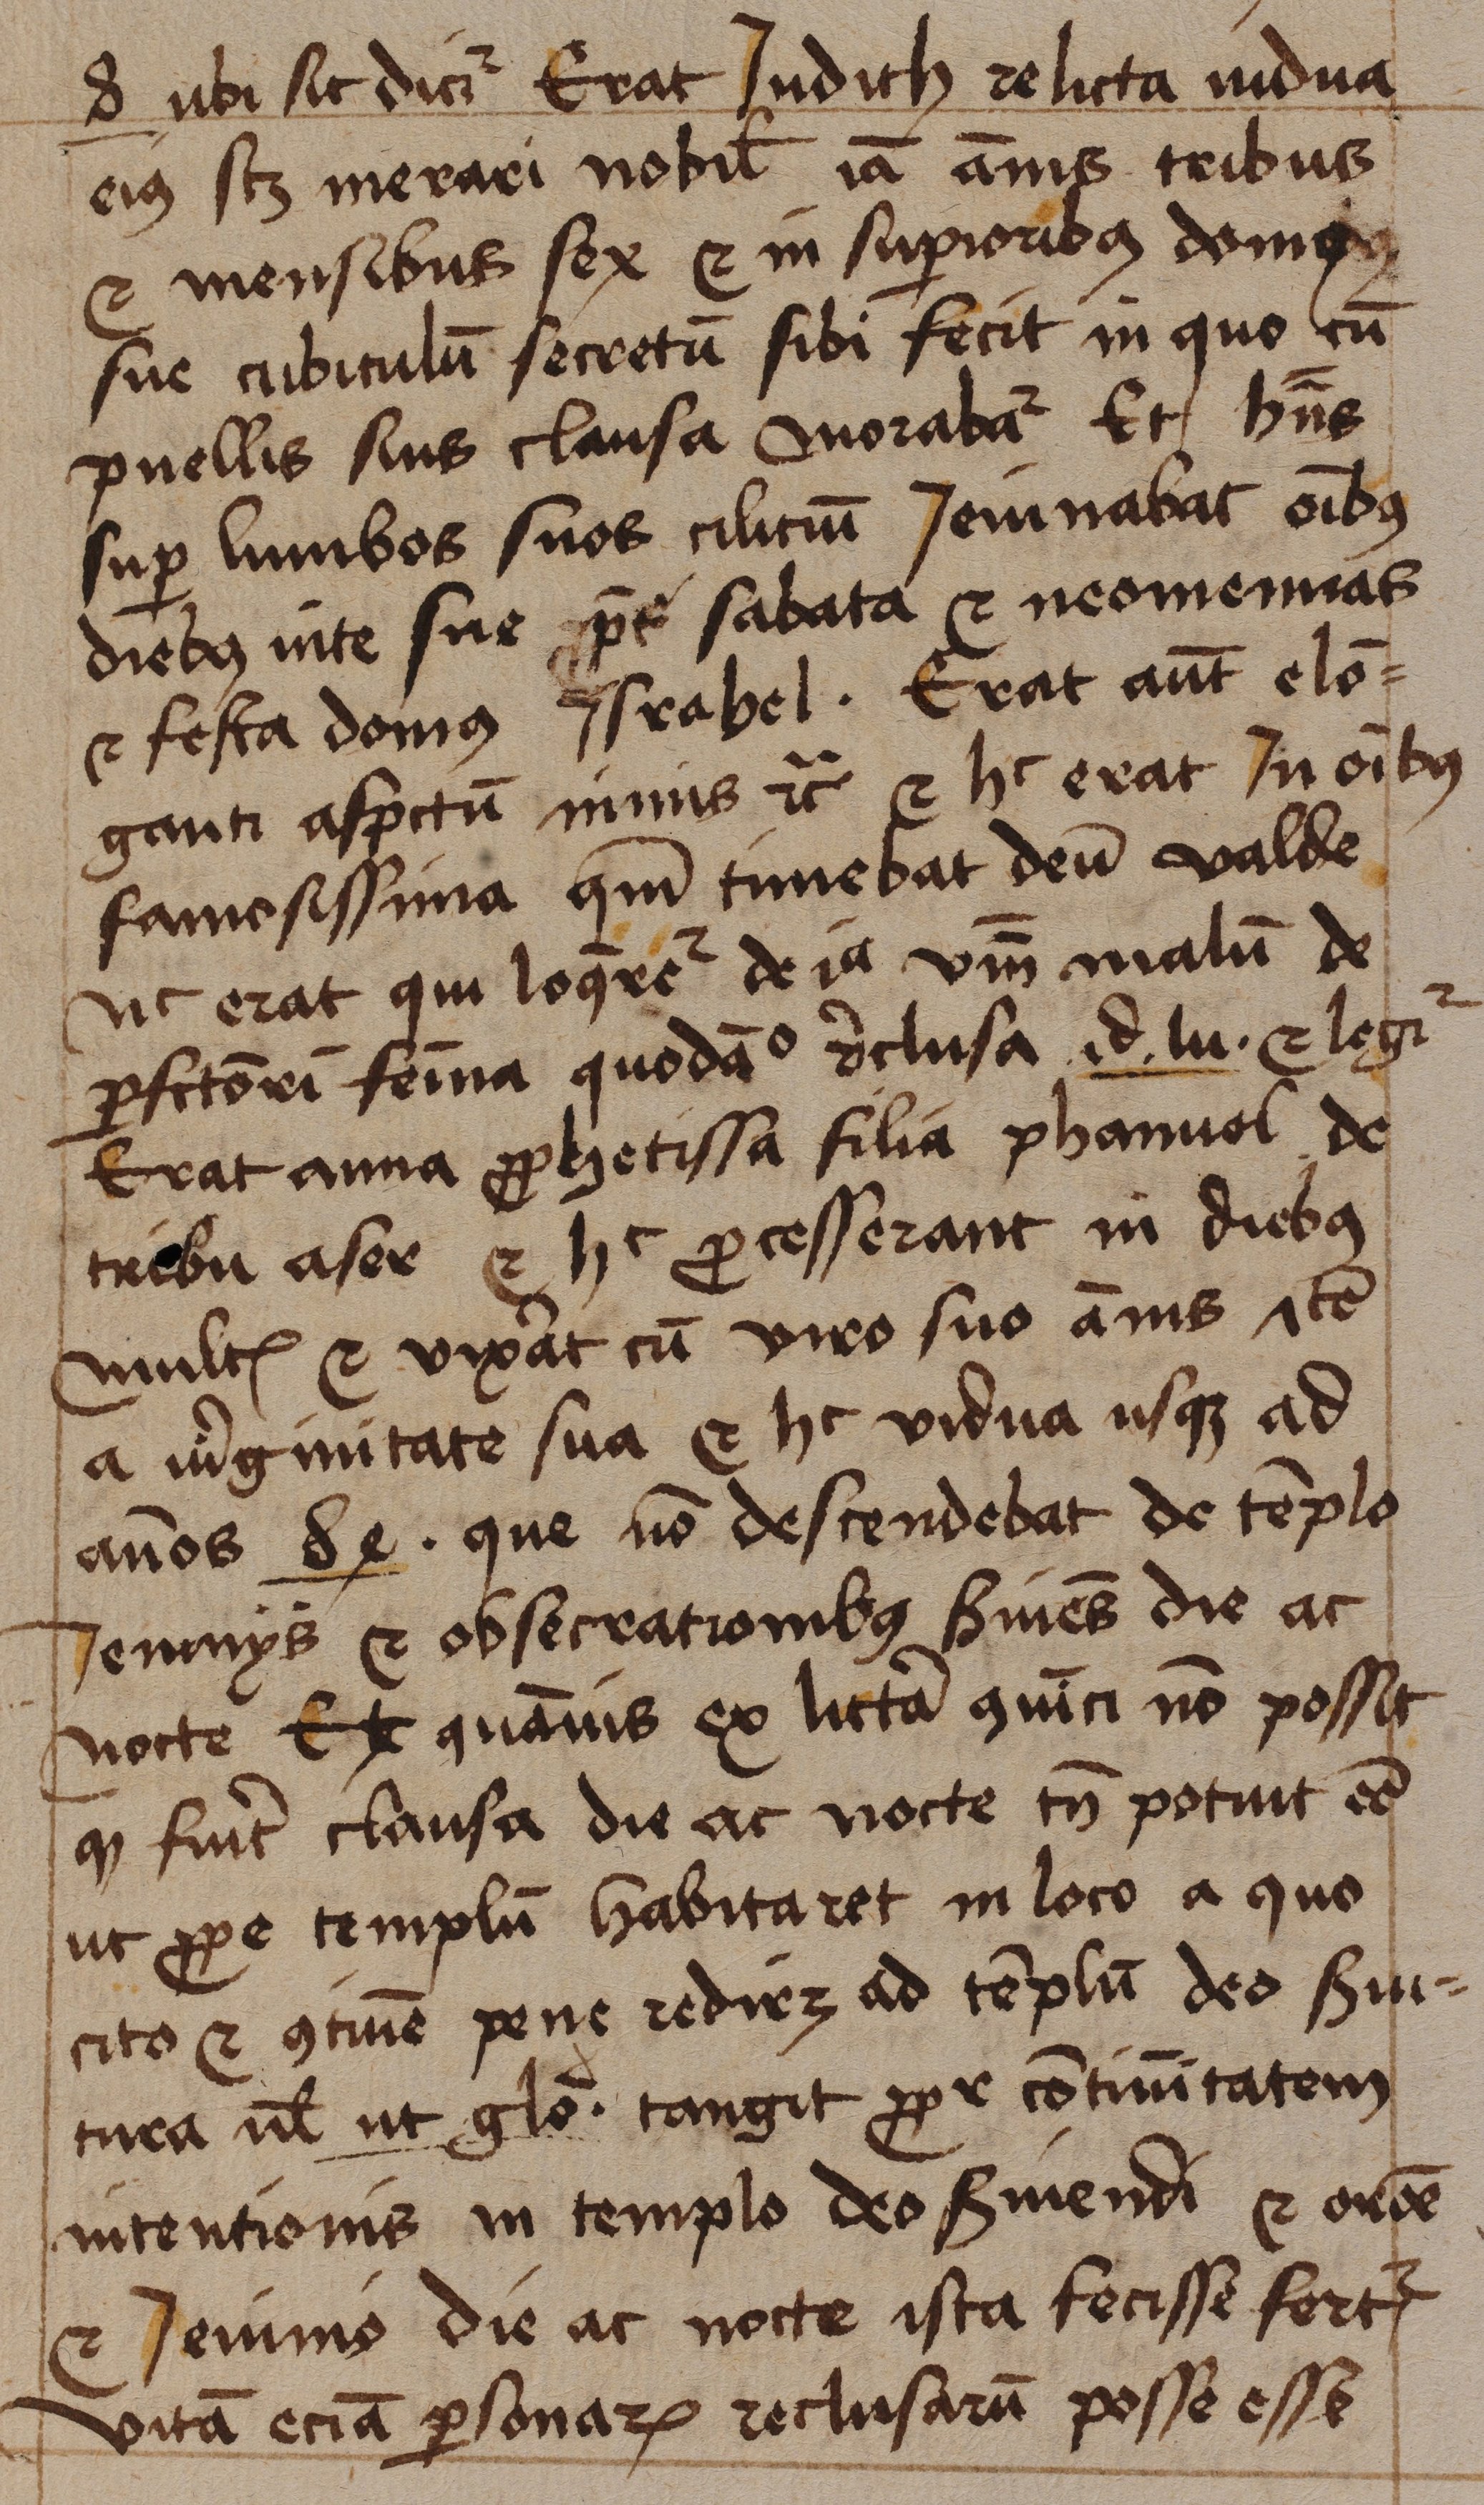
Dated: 1465–1465